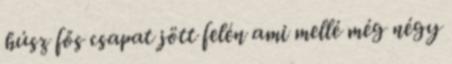
húsz fős csapat jött felén ami mellé még négy